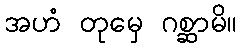
အဟံ တုမှေ ဂစ္ဆာမိ။